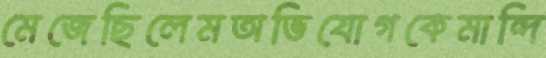
মেজেছিলেমঅভিযোগকেমান্দি